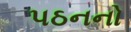
પઠનનો